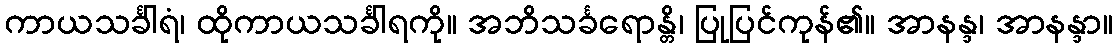
ကာယသင်္ခါရံ၊ ထိုကာယသင်္ခါရကို။ အဘိသင်္ခရောန္တိ၊ ပြုပြင်ကုန်၏။ အာနန္ဒ၊ အာနန္ဒာ။